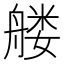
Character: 𰰑